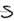
Text: S